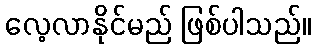
လေ့လာနိုင်မည် ဖြစ်ပါသည်။